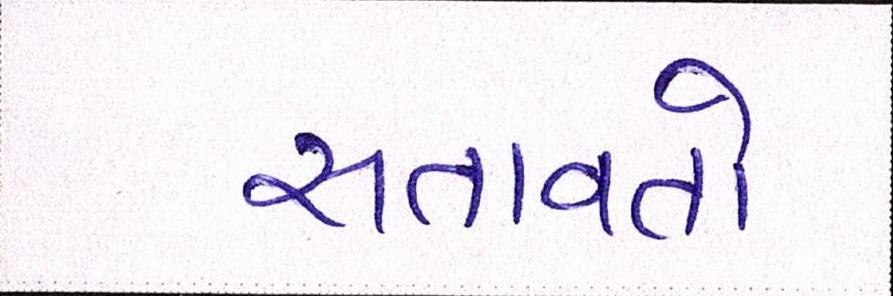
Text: સતાવતો